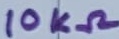
Text: 10KΩ